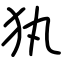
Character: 犱